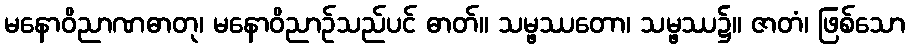
မနောဝိညာဏဓာတု၊ မနောဝိညာဉ်သည်ပင် ဓာတ်။ သမ္ဖဿတော၊ သမ္ဖဿ၌။ ဇာတံ၊ ဖြစ်သော